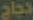
تجاج